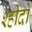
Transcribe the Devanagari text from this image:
श्हीदों